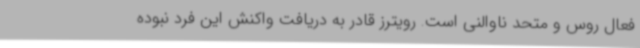
فعال روس و متحد ناوالنی است. رویترز قادر به دریافت واکنش این فرد نبوده